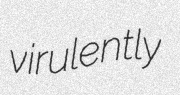
virulently